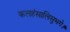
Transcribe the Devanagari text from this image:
कलहंसालिसुभगे।